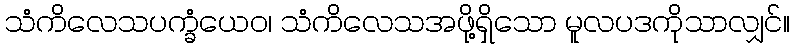
သံကိလေသပက္ခံယေဝ၊ သံကိလေသအဖို့ရှိသော မူလပဒကိုသာလျှင်။